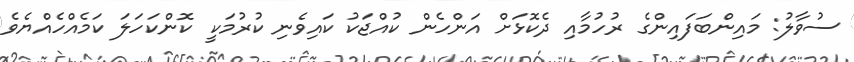
ސުވާލު: މައިންބަފައިންގެ ރުހުމާއި ދެކޮޅަށް އަންހެން ކުއްޖަކު ކައިވެނި ކުރުމަކީ ކޮންކަހަލަ ކަމެއްހެއްޔެވެ